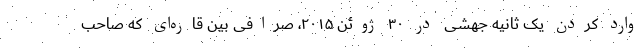
وارد کردن یک ثانیه جهشی در ۳۰ ژوئن ۲۰۱۵، صرافی بین قاره‌ای که صاحب